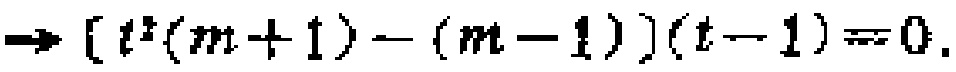
\(\Rightarrow [t^{2}(m + 1)-(m - 1)](t - 1)=0.\)